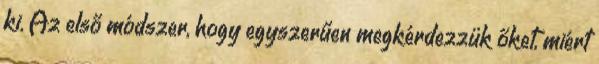
ki. Az első módszer, hogy egyszerűen megkérdezzük őket, miért